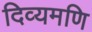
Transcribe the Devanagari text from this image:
दिव्यमणि